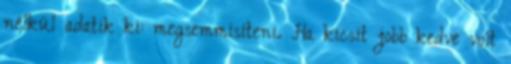
nélkül adatik ki: megsemmisíteni. Ha kicsit jobb kedve volt